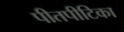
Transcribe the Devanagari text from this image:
पीतपीटिका